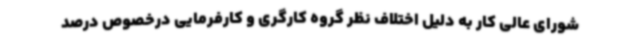
شورای عالی کار به دلیل اختلاف نظر گروه کارگری و کارفرمایی درخصوص درصد